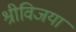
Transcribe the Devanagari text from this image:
श्रीविजया